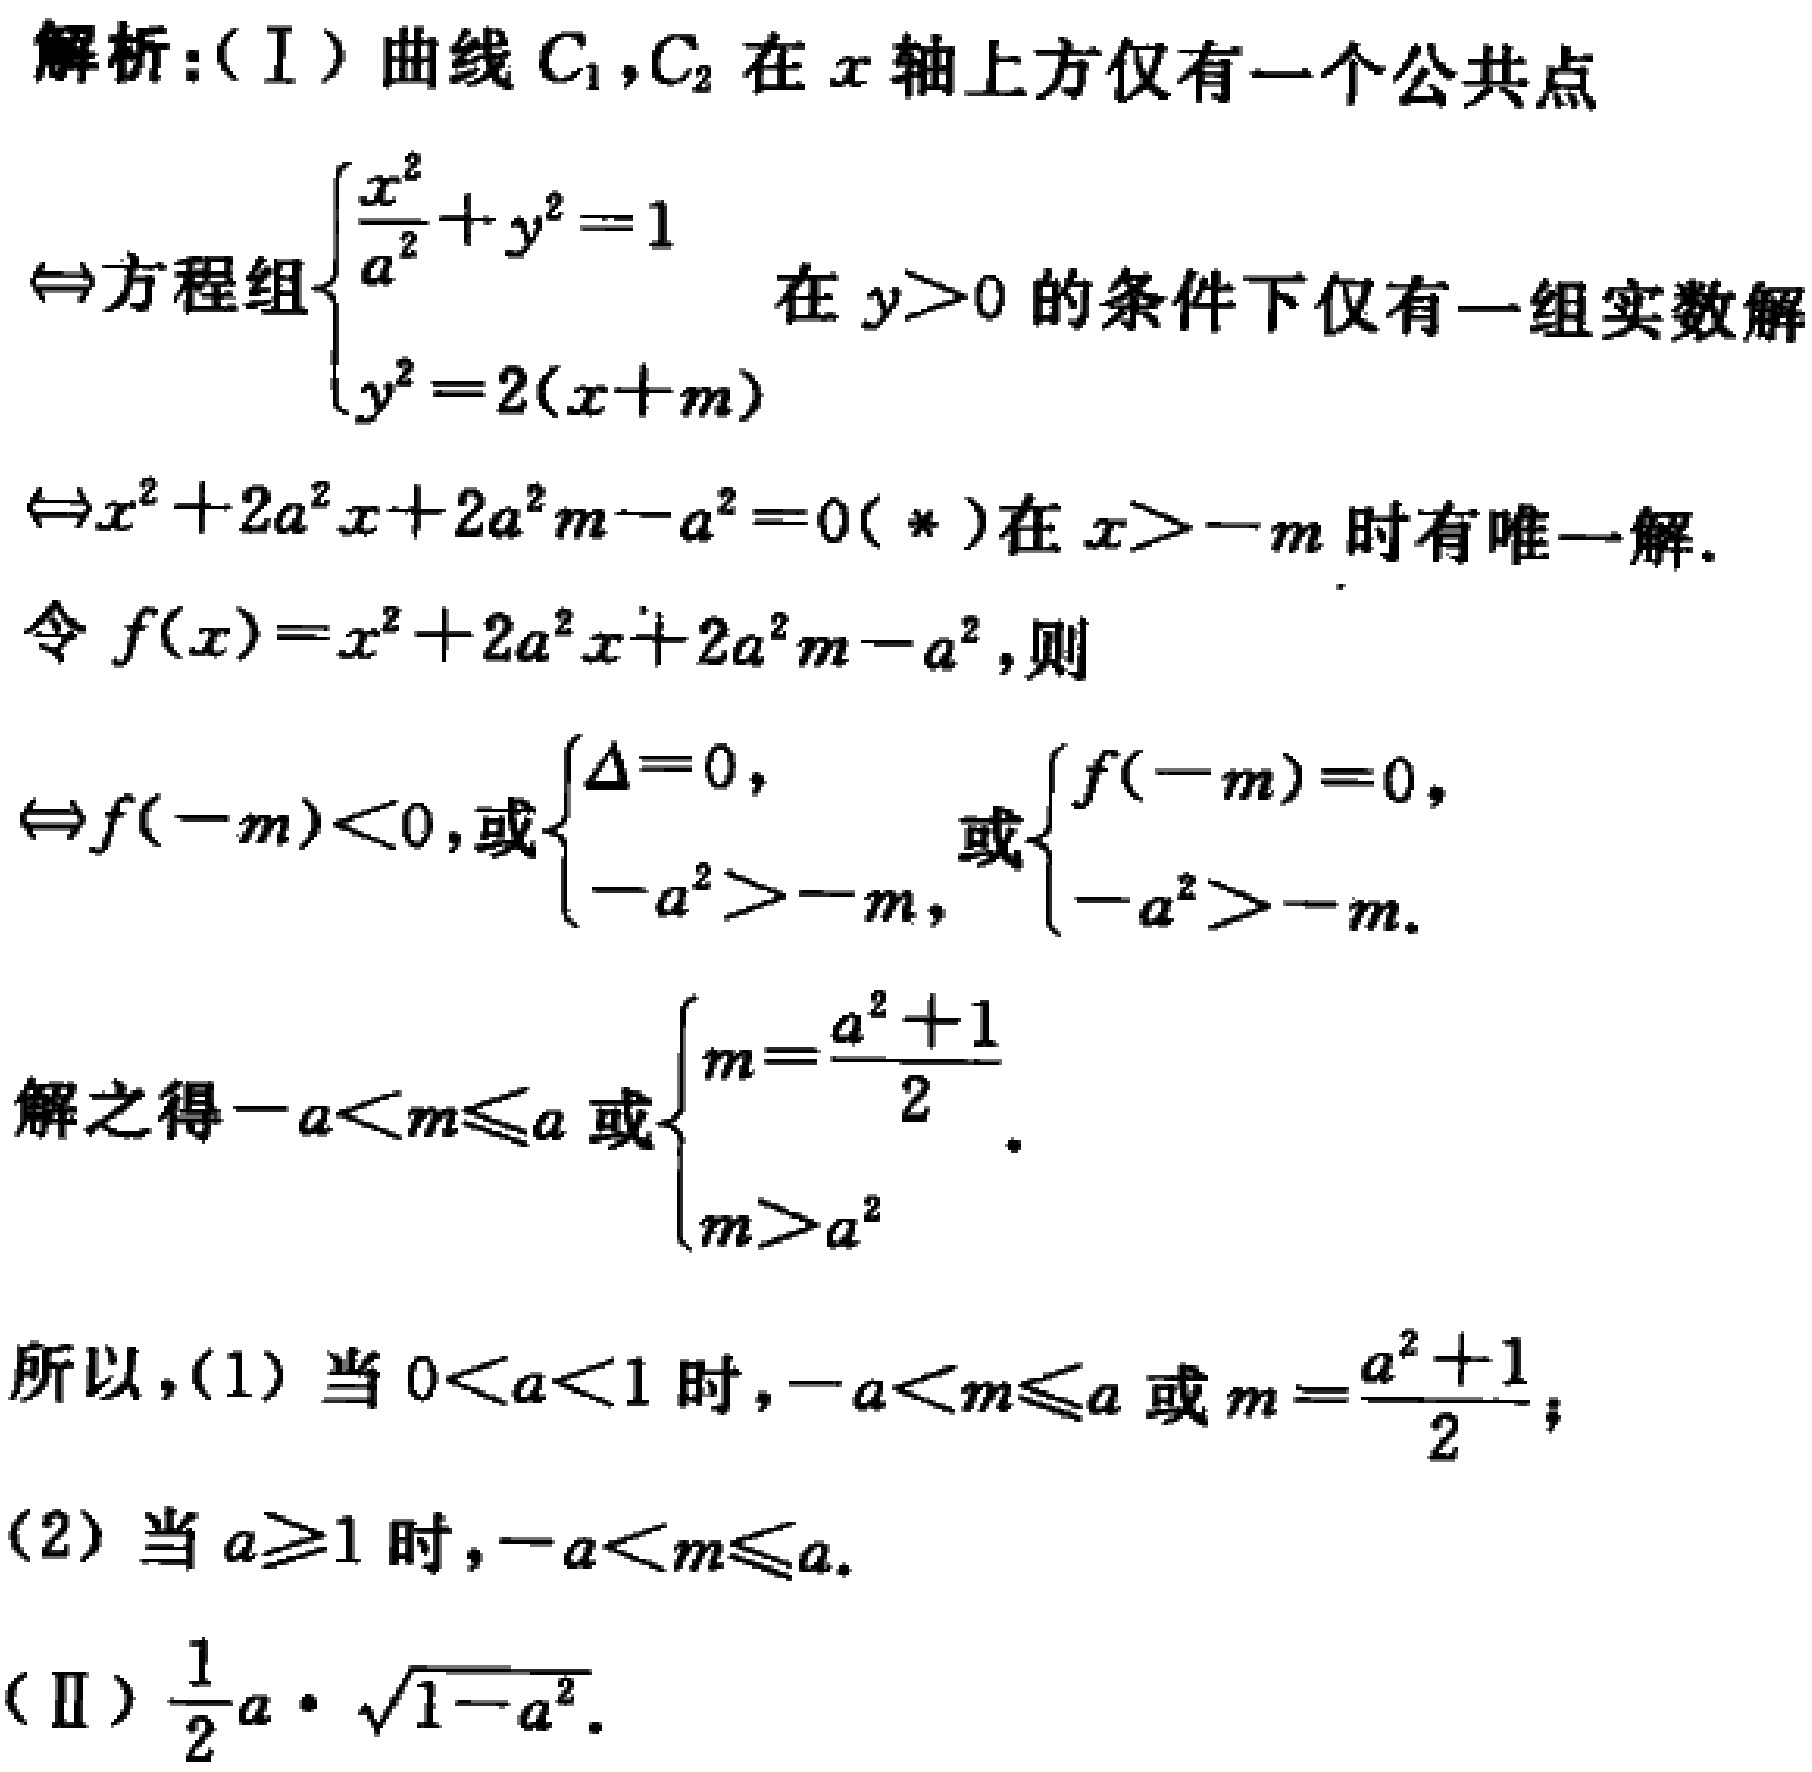
解析：(I) 曲线 \(C_1,C_2\) 在 \(x\) 轴上方仅有一个公共点
\(\Leftrightarrow\) 方程组\(\begin{cases}\frac{x^{2}}{a^{2}}+y^{2}=1\\y^{2}=2(x + m)\end{cases}\) 在 \(y>0\) 的条件下仅有一组实数解
\(\Leftrightarrow x^{2}+2a^{2}x + 2a^{2}m - a^{2}=0(*)\) 在 \(x>-m\) 时有唯一解.
令 \(f(x)=x^{2}+2a^{2}x + 2a^{2}m - a^{2}\), 则
\(\Leftrightarrow f(-m)<0\), 或\(\begin{cases}\Delta = 0,\\-a^{2}>-m,\end{cases}\) 或\(\begin{cases}f(-m)=0,\\-a^{2}>-m.\end{cases}\)
解之得 \(-a<m\leqslant a\) 或\(\begin{cases}m=\frac{a^{2}+1}{2}\\m>a^{2}\end{cases}\).
所以，(1) 当 \(0<a<1\) 时，\(-a<m\leqslant a\) 或 \(m=\frac{a^{2}+1}{2}\)；
(2) 当 \(a\geqslant1\) 时，\(-a<m\leqslant a\).
(II) \(\frac{1}{2}a\cdot\sqrt{1 - a^{2}}\).